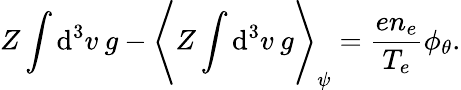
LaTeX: Z\int\mathrm{d}^{3}v\: g-\Bigg\langle Z\int\mathrm{d}^{3}v\: g\Bigg\rangle_{\psi}=\frac{en_{e}}{T_{e}}\phi_{\theta}.